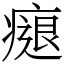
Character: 㾼